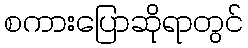
စကားပြောဆိုရာတွင်